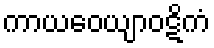
ကာယဝေယျာဝဋိကံ